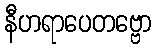
နီဟရာပေတဗ္ဗော